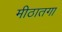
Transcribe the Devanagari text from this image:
मीठातगा